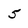
Character: 5